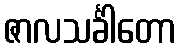
ဇာလသင်္ခါတော